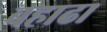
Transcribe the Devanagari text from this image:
बहाढा